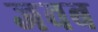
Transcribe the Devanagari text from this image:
जवब